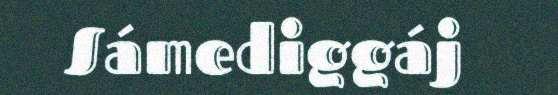
Sámediggáj